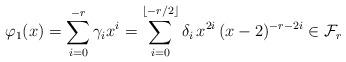
LaTeX: \begin{align*}\varphi_1(x)=\sum_{i= 0}^{-r} \gamma_i x^i =\sum_{i= 0}^{\lfloor -r/2\rfloor} \delta_i\, x^{2i}\,(x-2)^{-r-2i} \in \mathcal{F}_r\end{align*}